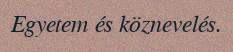
Egyetem és köznevelés.